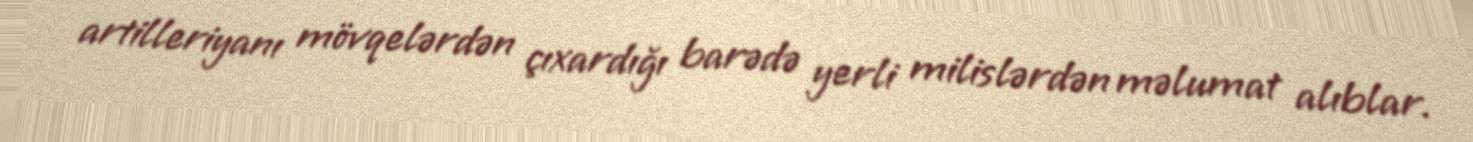
artilleriyanı mövqelərdən çıxardığı barədə yerli milislərdən məlumat alıblar.